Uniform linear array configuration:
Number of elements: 48
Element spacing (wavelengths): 0.25
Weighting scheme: hann
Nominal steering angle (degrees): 30
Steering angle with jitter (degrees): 31.993
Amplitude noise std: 0.05
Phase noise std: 0.05

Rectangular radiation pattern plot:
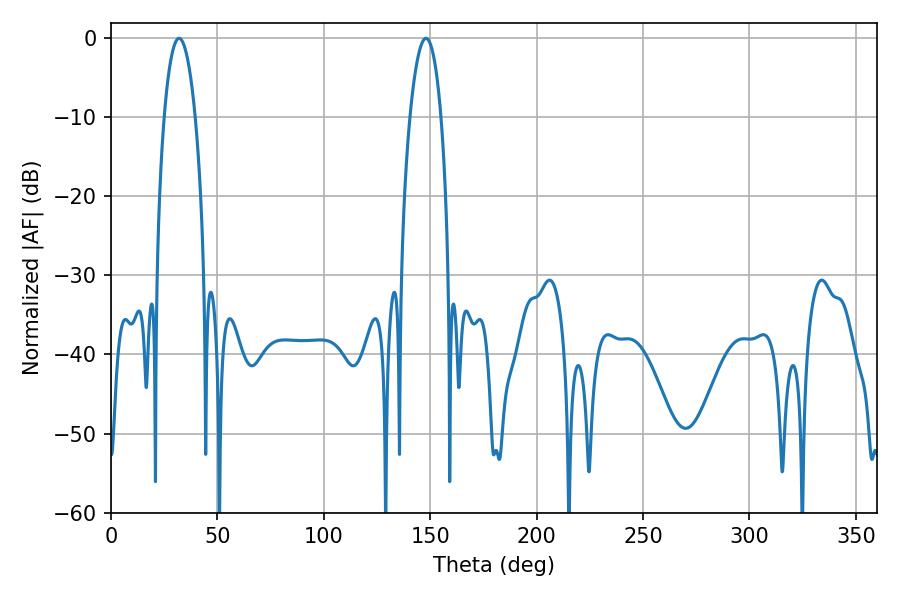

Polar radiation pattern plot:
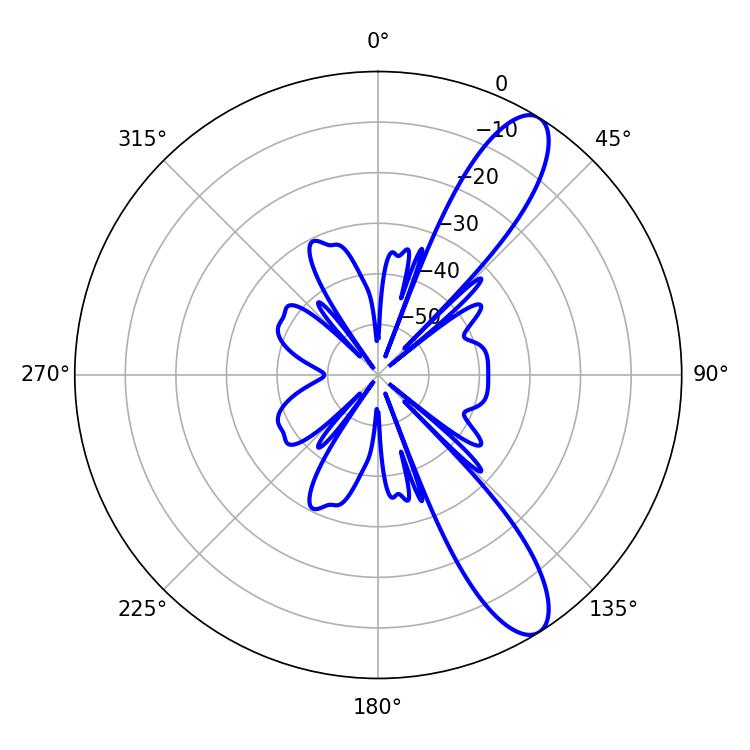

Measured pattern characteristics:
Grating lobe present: FALSE
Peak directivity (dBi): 10.94
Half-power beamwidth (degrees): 8.1
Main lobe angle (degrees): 32.04